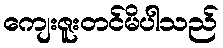
ကျေးဇူးတင်မိပါသည်